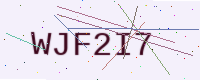
Text: WJF2I7